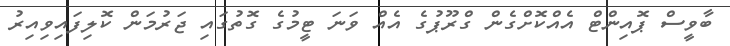
ބާވީސް ޕޮއިންޓް އެއްކޮށްގެން ގްރޫޕުގެ އެއް ވަނަ ޓީމުގެ ގޮތުގައި ޖަރުމަން ކޮލިފައިވިއިރު